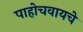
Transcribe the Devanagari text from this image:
पाहोचवायचे